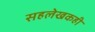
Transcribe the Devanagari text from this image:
सहलेखकही